Malaria in the Punjab - Number 46
Disease focus: Malaria
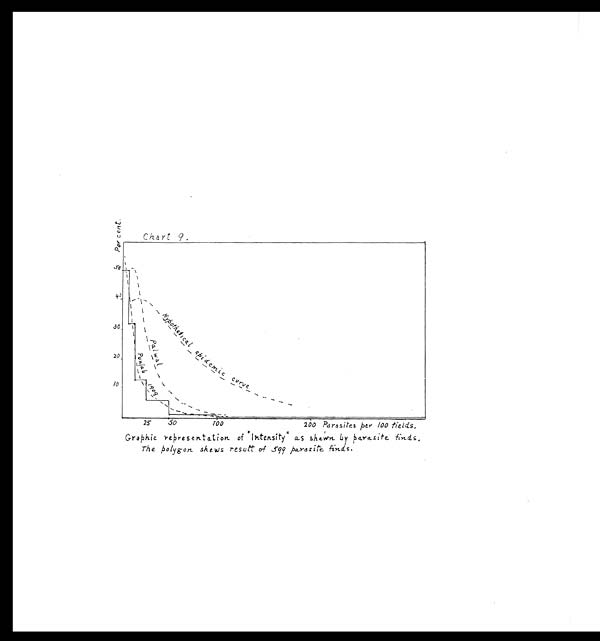
Chart 9.
Graphic representation of "Intensity" as shewn by parasite finds.
The polygon shews result of 599 parasite finds.